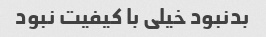
بدنبود خیلی با کیفیت نبود